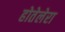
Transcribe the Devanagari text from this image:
होतेलेरा